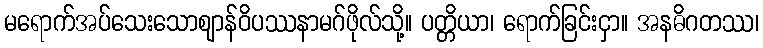
မရောက်အပ်သေးသောဈာန်ဝိပဿနာမဂ်ဖိုလ်သို့။ ပတ္တိယာ၊ ရောက်ခြင်းငှာ။ အနဓိဂတဿ၊